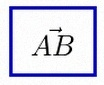
\vec{AB}